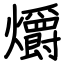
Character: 爝